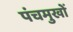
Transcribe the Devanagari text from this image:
पंचमुखों